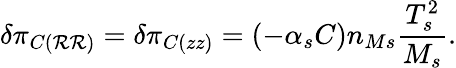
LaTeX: \delta\pi_{C\left(\mathcal{R}\mathcal{R}\right)}=\delta\pi_{C\left(zz\right)}=\left(-\alpha_{s}C\right)n_{Ms}\frac{{T_{s}^{2}}}{{M_{s}}}.